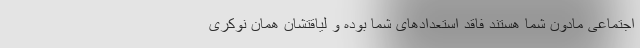
اجتماعی مادون شما هستند فاقد استعدادهای شما بوده و لیاقتشان همان نوکری